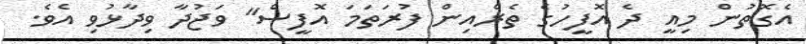
އެގޮތުން މިއީ ދެ އޮފީހުގެ ތެރެއިން ފުރަތަމަ އޮފީސް" ވަޖުދާ ވިދާޅުވި އެވެ.